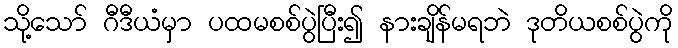
သို့သော် ဂီဒီယံမှာ ပထမစစ်ပွဲပြီး၍ နားချိန်မရဘဲ ဒုတိယစစ်ပွဲကို